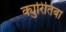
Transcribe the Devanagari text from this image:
क्युरितिबा